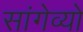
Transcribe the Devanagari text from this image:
सांगेव्यो